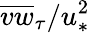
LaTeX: \overline{{vw}}_{\tau}/u_{\ast}^{2}